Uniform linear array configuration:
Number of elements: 12
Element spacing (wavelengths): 0.75
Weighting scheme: exponential
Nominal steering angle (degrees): -15
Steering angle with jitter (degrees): -13.393
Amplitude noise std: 0.05
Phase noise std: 0.05

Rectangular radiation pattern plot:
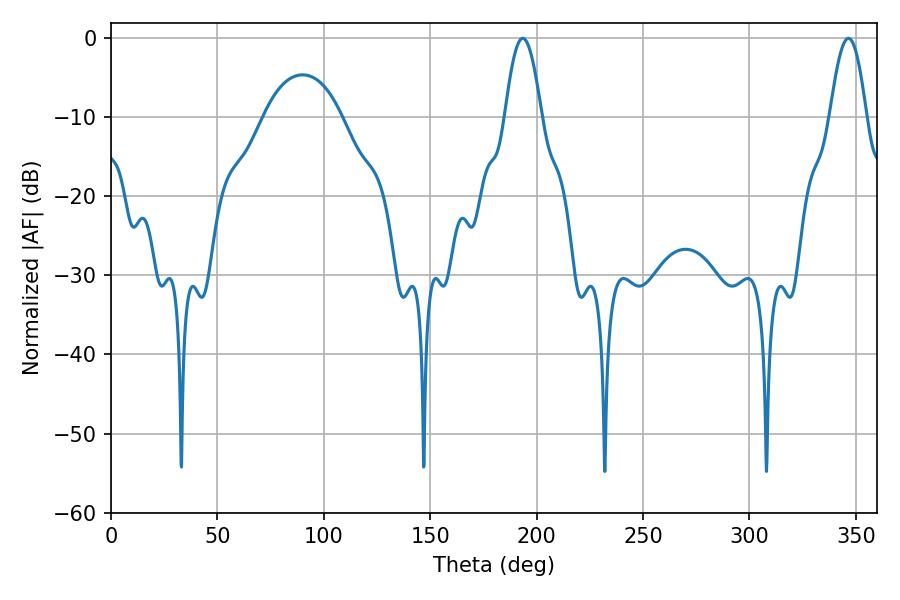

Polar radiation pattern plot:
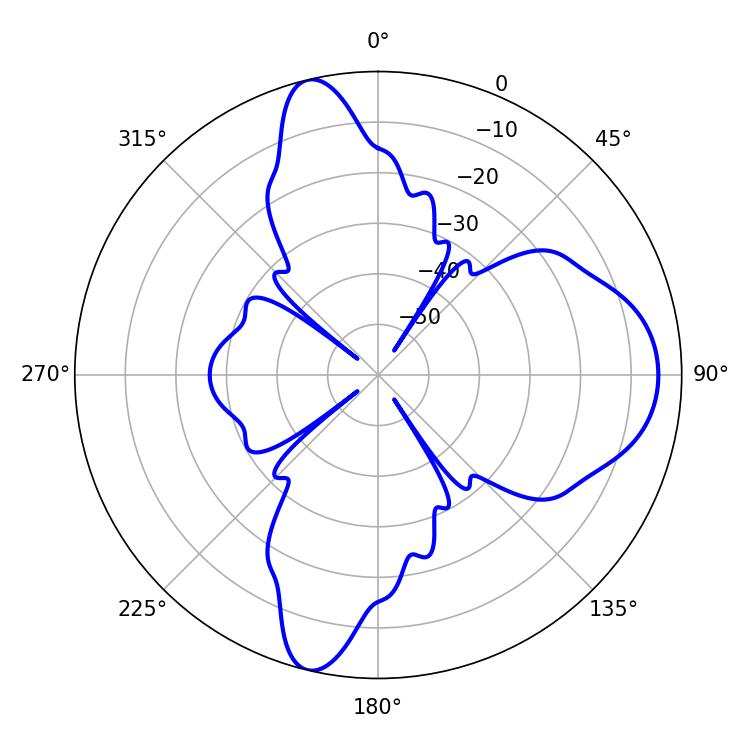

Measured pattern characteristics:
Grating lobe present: TRUE
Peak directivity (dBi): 13.169
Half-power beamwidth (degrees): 9.18
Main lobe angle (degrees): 193.5